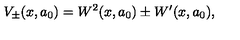
V _ { \pm } ( x , a _ { 0 } ) = W ^ { 2 } ( x , a _ { 0 } ) \pm W ^ { \prime } ( x , a _ { 0 } ) ,